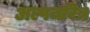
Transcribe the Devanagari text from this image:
अल्पचरित्र